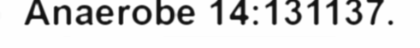
Anaerobe 14:131137.